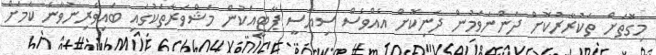
މިގޮތަށް ތަކުރާރުކޮށް ދަންނަވަމުން ދަނިކޮށް އެއްވެސް ސިޔާސީ ޕާޓީއަކުން މަޝްވަރާތަކުގައި ބައިވެރިނުވާނެ ކަމަށް